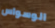
الوسواس